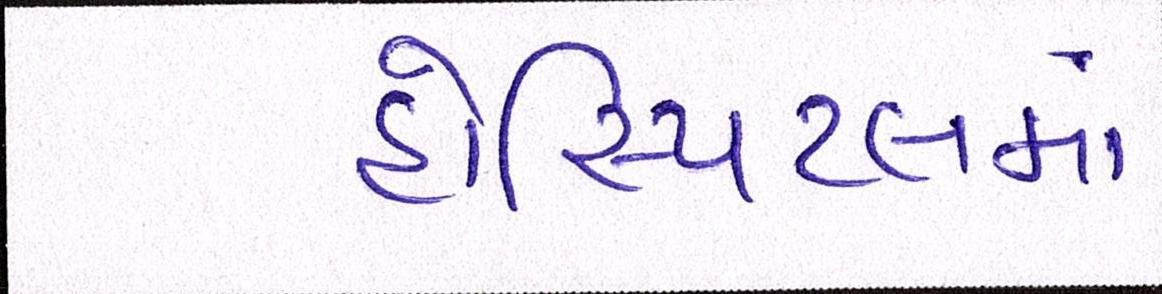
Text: હોસ્પિટલમાં